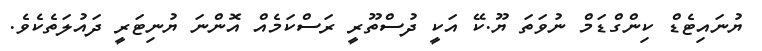
ޔުނައިޓެޑް ކިންގްޑަމް ނުވަތަ ޔޫ.ކޭ އަކީ ދުސްތޫރީ ރަސްކަމެއް އޮންނަ ޔުނިޓަރީ ދައުލަތެކެވެ.